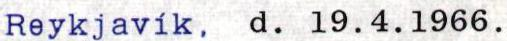
Reykjavík, d. 19.4.1966.